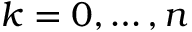
k = 0 , \dotsc , n